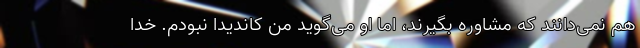
هم نمی‌دانند که مشاوره بگیرند، اما او می‌گوید من کاندیدا نبودم. خدا